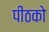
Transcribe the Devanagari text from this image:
पीठको